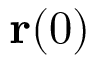
\mathbf { r } ( 0 )